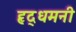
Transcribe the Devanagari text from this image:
हृद्‌धमनी